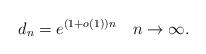
LaTeX: \begin{align*}d_n = e^{(1+o(1))n} \quad n \rightarrow \infty. \end{align*}